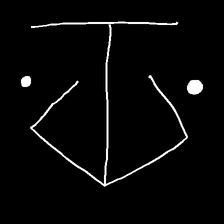
Glyph: earth